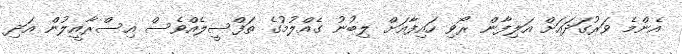
އެންމެ ވަރުގަދައަށް އަލިފާން ރޯވި ހައިފާއަށް ލިބުނު ގެއްލުމުގެ ތަފްސީލެއްވެސް އިސްރާއީލުން އަދި